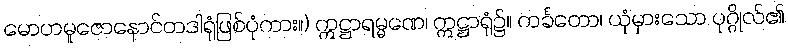
မောဟမူဇောနောင်တဒါရုံဖြစ်ပုံကား။) ဣဋ္ဌာရမ္မဏေ၊ ဣဋ္ဌာရုံ၌။ ကင်္ခတော၊ ယုံမှားသော ပုဂ္ဂိုလ်၏